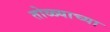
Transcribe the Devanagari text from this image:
तोळ्याच्या